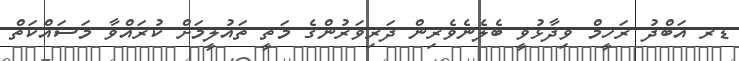
ޑރ އަބްދު ރަހީމް ވިދާޅުވީ ބެލެނެވެރިން ދަރިވަރުންގެ މަތީ ތައުލީމަށް ކުރައްވާ މަސައްކަތް